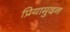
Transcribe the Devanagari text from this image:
प्रियामुदन